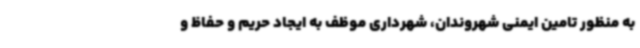
به منظور تامین ایمنی شهروندان، شهرداری موظف به ایجاد حریم و حفاظ و